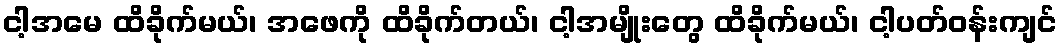
ငါ့အမေ ထိခိုက်မယ်၊ အဖေကို ထိခိုက်တယ်၊ ငါ့အမျိုးတွေ ထိခိုက်မယ်၊ ငါ့ပတ်ဝန်းကျင်